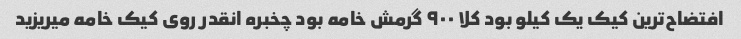
افتضاح‌ترین کیک یک کیلو بود کلا ۹۰۰ گرمش خامه بود چخبره انقدر روی کیک خامه میریزید